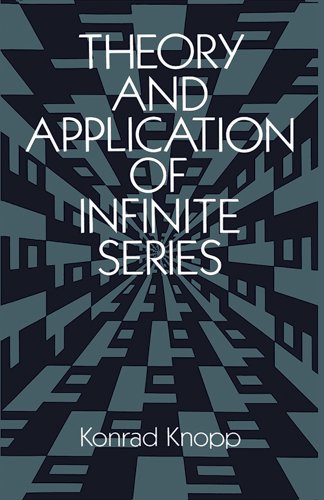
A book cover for Theory and Application of Infinite Series (Dover Books on Mathematics); Konrad Knopp; Science & Math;